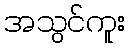
အသွင်ကူး